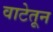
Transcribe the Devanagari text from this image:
वाटेतून